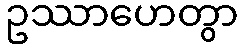
ဥဿာဟေတွာ